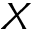
X